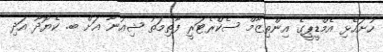
ހުށަހެޅި އެމްޑީޕީގެ އިންތިޒާމް ސެކްރެޓަރީ ފާތިމަތު ޝިއުނާ އަށް ބ. ކެޔޮދޫ އަދި